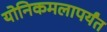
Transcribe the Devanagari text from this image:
योनिकमलापर्यंत